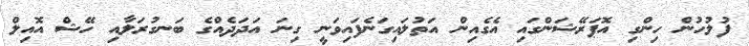
ފުލުހުން ހިންގި އޮޕަރޭޝަންގައި އެގެއިން އަތުލައިގަނެފައިވަނީ ގިނަ އަދަދެއްގެ ބަނގުރަލާއި ހޭޝް އޮއިލް